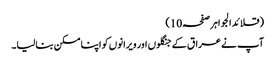
(قلائد الجواہر صفحہ10)
آپ نےعراق کے جنگلوں اور ویرانوں کو اپنا مسکن بنالیا۔